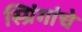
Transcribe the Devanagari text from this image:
स्प्रिंगांचे